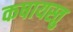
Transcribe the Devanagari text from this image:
कषायस्तु